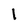
Character: 1